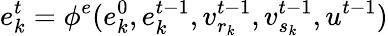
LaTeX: e_{k}^{t}=\phi^{e}(e_{k}^{0},e_{k}^{t-1},v_{r_{k}}^{t-1},v_{s_{k}}^{t-1},u^{t-1})